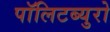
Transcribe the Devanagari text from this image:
पॉलिटब्युरो